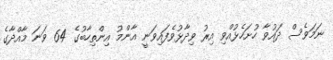
ނަމަވެސް ދައުވާ ހުށަހެޅުއްވި އިރު ވިދާޅުވެފައިވަނީ އާންމު އިންތިހާބުގެ 64 ވަނަ މާއްދާގެ